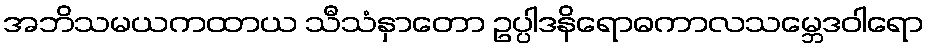
အဘိသမယကထာယ သီသံနှာတော ဥပ္ပါဒနိရောဓကာလသမ္ဘေဒဝါရော